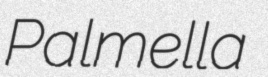
Palmella